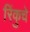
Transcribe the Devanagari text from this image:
रिंकुचे